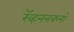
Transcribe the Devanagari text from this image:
रॅव्हननक्लॉ